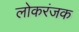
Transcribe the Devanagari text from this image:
लोकरंजक